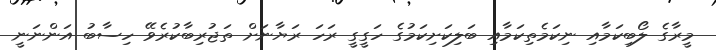
މީރާގެ ލޯބިކަމާއި ނިކަމެތިކަމާއި ބަލިކަށިކަމުގެ ހަގީގީ ރަހަ ރަޔާނަށް ތަޖުރިބާކުރެވޭ ހިސާބު އަންނަނީ